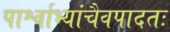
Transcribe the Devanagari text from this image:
पार्श्वाभ्यांचैवपादतः